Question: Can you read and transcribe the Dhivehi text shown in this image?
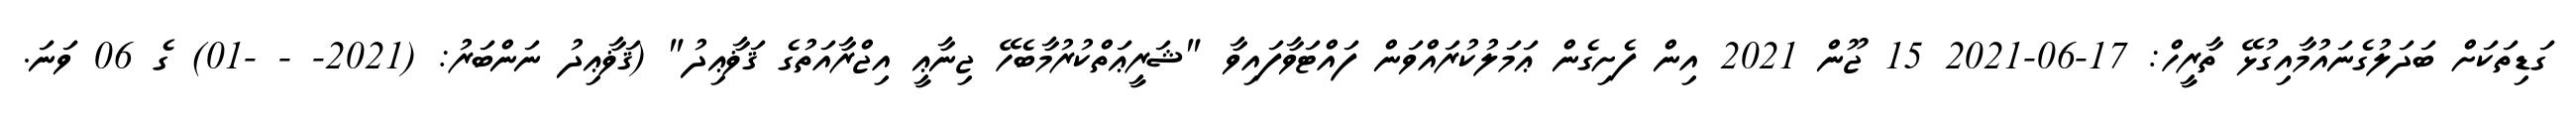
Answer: ގަޑިތަކަށް ބަދަލުގެނައުމާއިގުޅޭ ތާރީހް: 17-06-2021 15 ޖޫން 2021 އިން ފެށިގެން ޢަމަލުކުރައްވަން ފައްޓަވާފައިވާ "ޝަރީޢަތްކުރުމާބެހޭ ޖިނާޢީ އިޖްރާއަތުގެ ޤަޥާޢިދު" (ޤަޥާޢިދު ނަންބަރު: (2021- - -01) ގެ 06 ވަނަ.